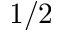
1 / 2